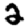
Digit: 2